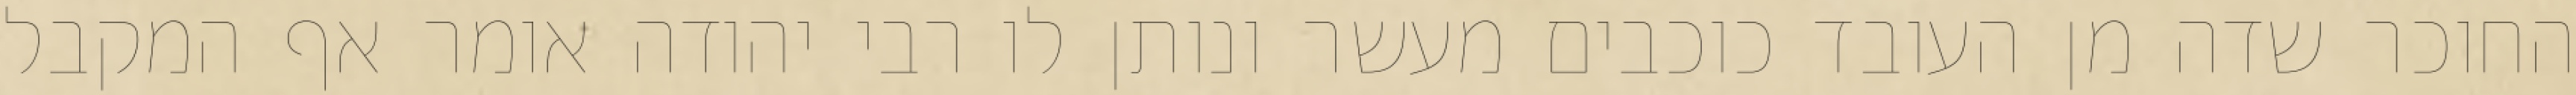
החוכר שדה מן העובד כוכבים מעשר ונותן לו רבי יהודה אומר אף המקבל